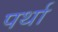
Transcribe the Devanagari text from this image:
पर्था